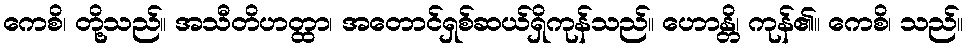
ကေစိ၊ တို့သည်။ အသီတိဟတ္ထာ၊ အတောင်ရှစ်ဆယ်ရှိကုန်သည်။ ဟောန္တိ၊ ကုန်၏။ ကေစိ၊ သည်။